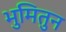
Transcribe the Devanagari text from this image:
भुमितुन